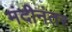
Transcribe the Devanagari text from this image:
मंदीनंतर